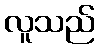
လူသည်